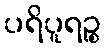
ပရိပူရဉ္စ